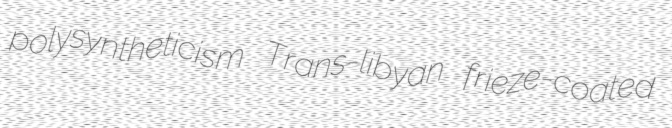
polysyntheticism Trans-libyan frieze-coated